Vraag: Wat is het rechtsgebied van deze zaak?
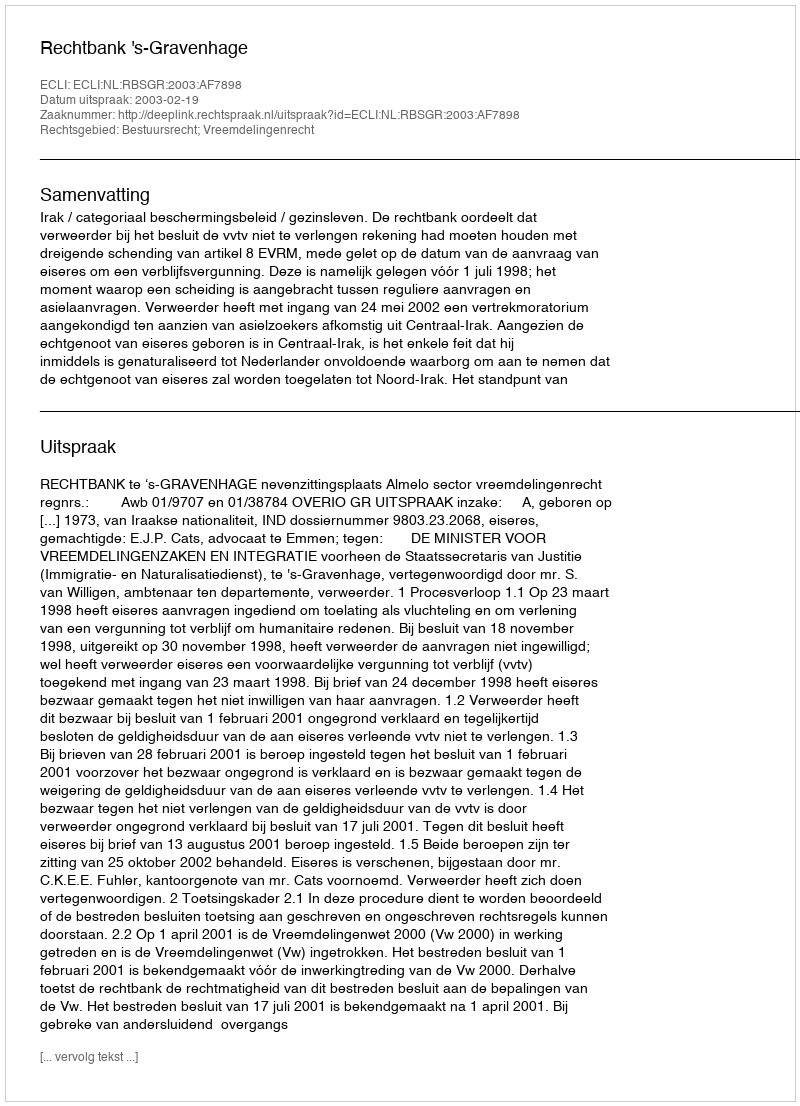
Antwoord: Bestuursrecht; Vreemdelingenrecht